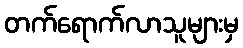
တက်ရောက်လာသူများမှ